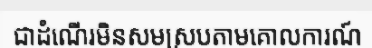
ជាដំណើរមិនសមស្របតាមគោលការណ៍